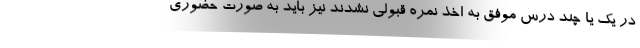
در یک یا چند درس موفق به اخذ نمره قبولی نشدند نیز باید به صورت حضوری